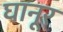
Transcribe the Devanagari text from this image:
घानूर